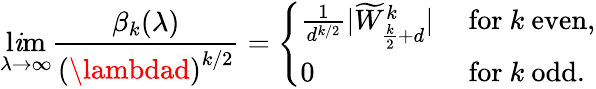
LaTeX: \operatorname*{l\mathit{i}m}_{\lambda\rightarrow\infty}\displaystyle\frac{{\beta_{k}(\lambda)}}{{\left(\lambdad\right)^{k/2}}}=\left\{ \begin{array}{ll}{\frac{1}{d^{k/2}}|\widetilde{W}_{\frac{k}{2}+d}^{k}|}&{\mathrm{~for~}k\mathrm{~even},}\\ {0}&{\mathrm{~for~}k\mathrm{~odd.}}\end{array}\right.